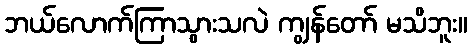
ဘယ်လောက်ကြာသွားသလဲ ကျွန်တော် မသိဘူး။